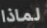
لماذا